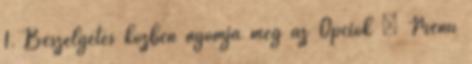
1. Beszélgetés közben nyomja meg az Opciók → Menü